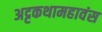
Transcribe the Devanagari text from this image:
अट्टकथामहावंस